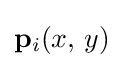
\mathbf {p} _{i}(x,\,y)